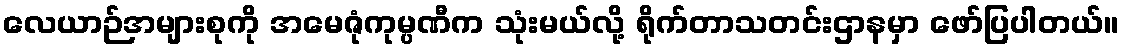
လေယာဉ်အများစုကို အမေဇုံကုမ္ပဏီက သုံးမယ်လို့ ရိုက်တာသတင်းဌာနမှာ ဖော်ပြပါတယ်။